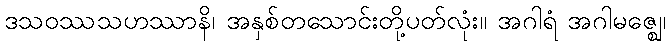
ဒသဝဿသဟဿာနိ၊ အနှစ်တသောင်းတို့ပတ်လုံး။ အဂါရံ အဂါမဇ္ဈေ၊